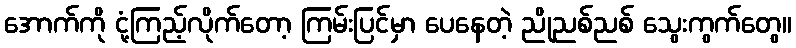
အောက်ကို ငုံ့ကြည့်လိုက်တော့ ကြမ်းပြင်မှာ ပေနေတဲ့ ညိုညစ်ညစ် သွေးကွက်တွေ။